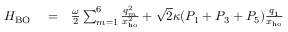
\begin{array} { r l r } { H _ { \mathrm { B O } } } & { { } = } & { \frac { \omega } { 2 } \sum _ { m = 1 } ^ { 6 } \frac { q _ { m } ^ { 2 } } { x _ { \mathrm { h o } } ^ { 2 } } + \sqrt { 2 } \kappa ( P _ { 1 } + P _ { 3 } + P _ { 5 } ) \frac { q _ { 1 } } { x _ { \mathrm { h o } } } } \end{array}